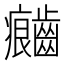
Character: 𲎦